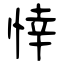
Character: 悻